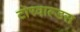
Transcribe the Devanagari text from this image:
टोरवाल्डस